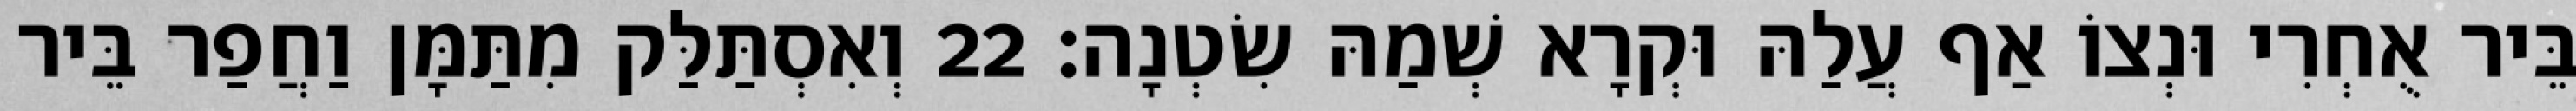
בֵּיר אֻחְרִי וּנְצוֹ אַף עֲלַהּ וּקְרָא שְׁמַהּ שִׂטְנָה׃ 22 וְאִסְתַּלַּק מִתַּמָּן וַחֲפַר בֵּיר